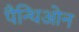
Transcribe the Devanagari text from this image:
पैन्थिओन